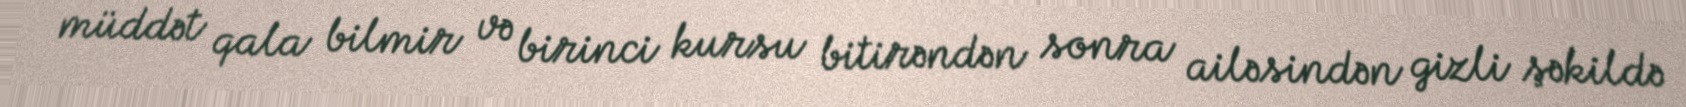
müddət qala bilmir və birinci kursu bitirəndən sonra ailəsindən gizli şəkildə